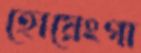
হোয়েংগা